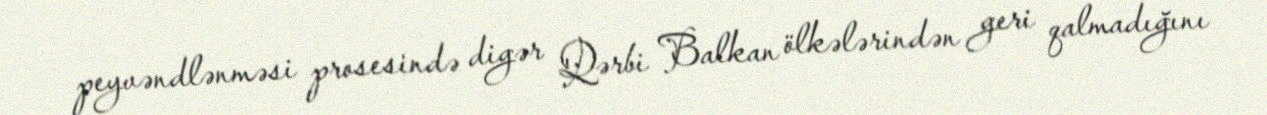
peyvəndlənməsi prosesində digər Qərbi Balkan ölkələrindən geri qalmadığını